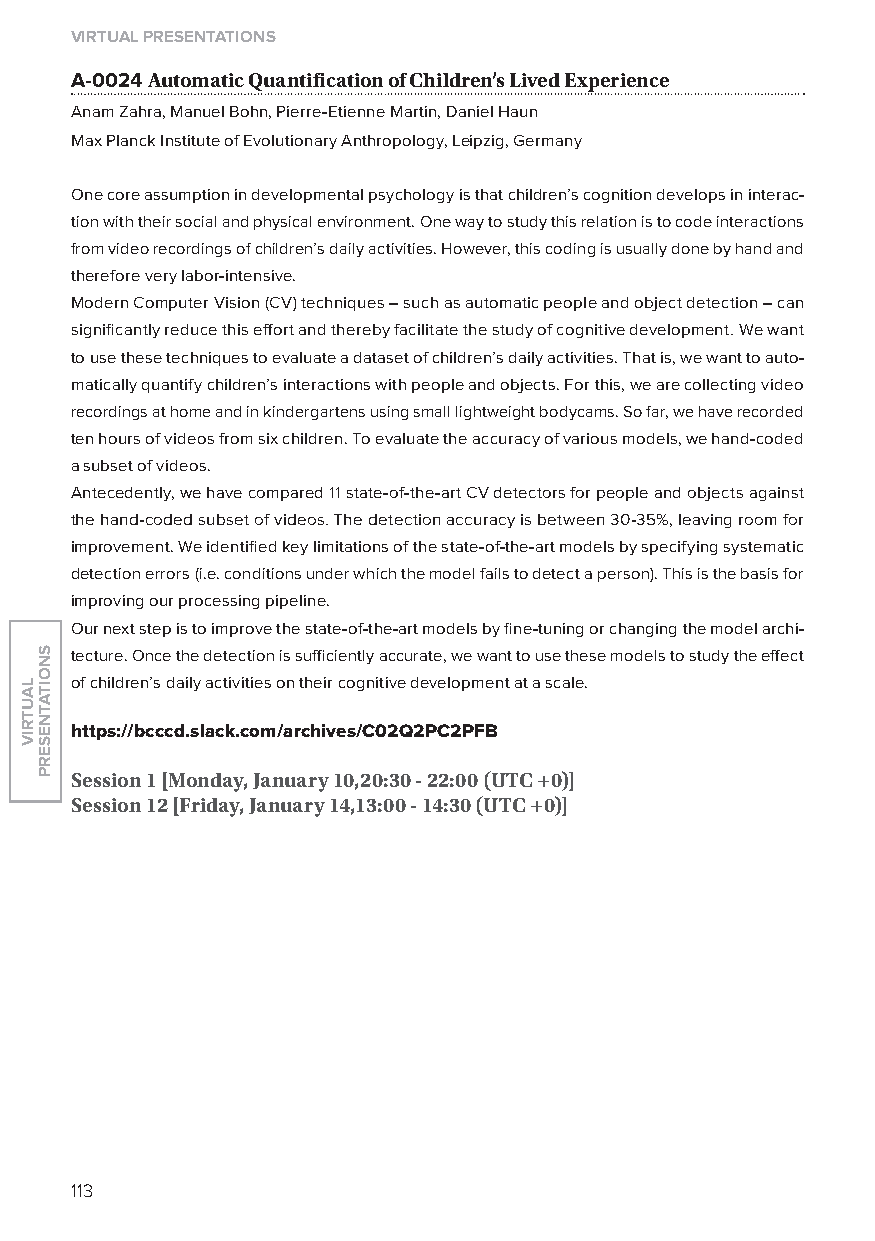
virtual presentations
 A-0024 automatic Quantification of Children’s lived experience
 Anam Zahra, Manuel Bohn, Pierre-Etienne Martin, Daniel Haun
 Max Planck Institute of Evolutionary Anthropology, leipzig, Germany
 one core assumption in developmental psychology is that children’s cognition develops in interac-
 tion with their social and physical environment. one way to study this relation is to code interactions
 from video recordings of children’s daily activities. However, this coding is usually done by hand and
 therefore very labor-intensive.
 Modern Computer Vision (CV) techniques – such as automatic people and object detection – can
 significantly reduce this effort and thereby facilitate the study of cognitive development. We want
 to use these techniques to evaluate a dataset of children’s daily activities. That is, we want to auto-
 matically quantify children’s interactions with people and objects. For this, we are collecting video
 recordings at home and in kindergartens using small lightweight bodycams. So far, we have recorded
 ten hours of videos from six children. To evaluate the accuracy of various models, we hand-coded
 a subset of videos.
 Antecedently, we have compared 11 state-of-the-art CV detectors for people and objects against
 the hand-coded subset of videos. The detection accuracy is between 30-35%, leaving room for
 improvement. We identified key limitations of the state-of-the-art models by specifying systematic
 detection errors (i.e. conditions under which the model fails to detect a person). This is the basis for
 improving our processing pipeline.
 our next step is to improve the state-of-the-art models by fine-tuning or changing the model archi-
 tecture. once the detection is sufficiently accurate, we want to use these models to study the effect
 of children’s daily activities on their cognitive development at a scale.
 https://bcccd.slack.com/archives/C02Q2pC2pFB
 session 1 [monday, January 10,20:30 - 22:00 (utC +0)]
 session 12 [friday, January 14,13:00 - 14:30 (utC +0)]
 113
 lautriv
 snoitatneserp